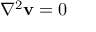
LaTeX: \nabla ^ { 2 } \mathbf { v } = 0